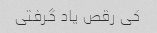
کی رقص یاد گرفتی